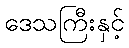
ဒေသကြီးနှင့်